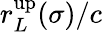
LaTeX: r_{L}^{\mathrm{up}}(\sigma)/c